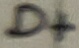
Text: D+